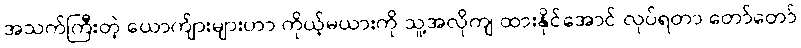
အသက်ကြီးတဲ့ ယောက်ျားများဟာ ကိုယ့်မယားကို သူ့အလိုကျ ထားနိုင်အောင် လုပ်ရတာ တော်တော်